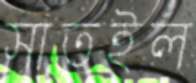
সাতইল